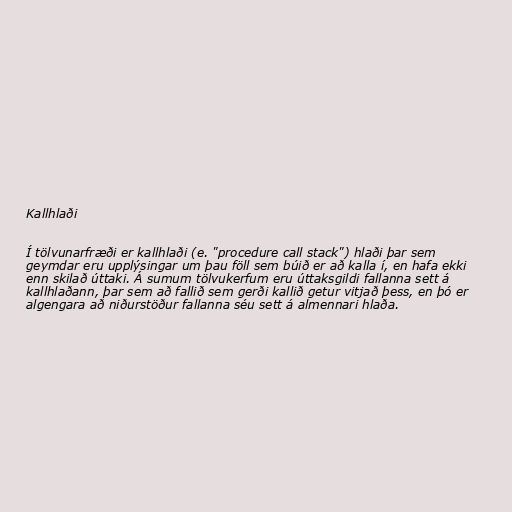
Kallhlaði

Í tölvunarfræði er kallhlaði (e. "procedure call stack") hlaði þar sem
geymdar eru upplýsingar um þau föll sem búið er að kalla í, en hafa ekki
enn skilað úttaki. Á sumum tölvukerfum eru úttaksgildi fallanna sett á
kallhlaðann, þar sem að fallið sem gerði kallið getur vitjað þess, en þó er
algengara að niðurstöður fallanna séu sett á almennari hlaða.